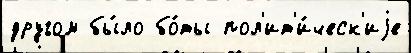
другом бы́ло бо́ты пол'ит'и́ческ'иjе